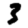
Digit: 3